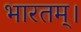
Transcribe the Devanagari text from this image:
भारतम्।